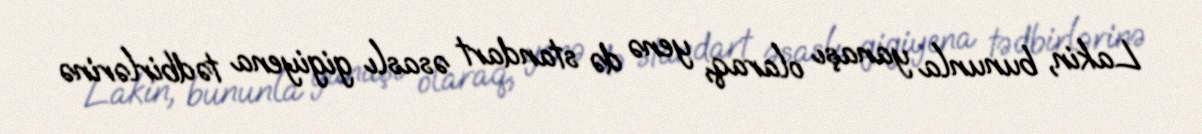
Lakin, bununla yanaşı olaraq, yenə də standart əsaslı gigiyena tədbirlərinə